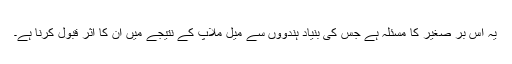
یہ اس بر صغیر کا مسئلہ ہے جس کی بنیاد ہندووں سے میل ملاپ کے نتیجے میں ان کا اثر قبول کرنا ہے۔